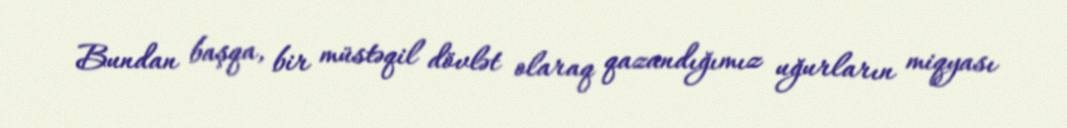
Bundan başqa, bir müstəqil dövlət olaraq qazandığımız uğurların miqyası